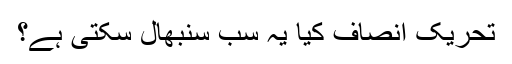
تحریک انصاف کیا یہ سب سنبھال سکتی ہے؟